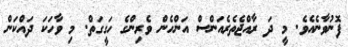
ފޮނުވާނެއެވެ. މީ ދަ ރާއްޖެތެރެއަންސް އަންހެން ވެރިންގެ ހަގީގަތް. މި ވާހަކަ ދައްކަން